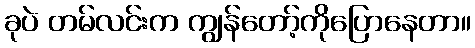
ခုပဲ တမ်လင်းက ကျွန်တော့်ကိုပြောနေတာ။